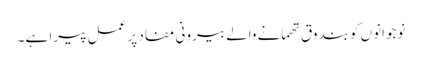
نوجوانوں کو بندوق تھمانے والے بیرونی مفاد پر عمل پیرا ہے ۔